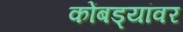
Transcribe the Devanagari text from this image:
कोंबड्यांवर